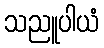
သညူပါယံ